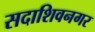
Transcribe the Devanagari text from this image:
सदाशिवनगर